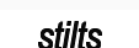
stilts